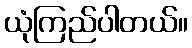
ယုံကြည်ပါတယ်။